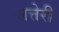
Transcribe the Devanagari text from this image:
सत्तेरी